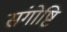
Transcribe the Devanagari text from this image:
संगोष्टि